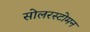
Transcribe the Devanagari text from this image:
सोलरस्टोमन